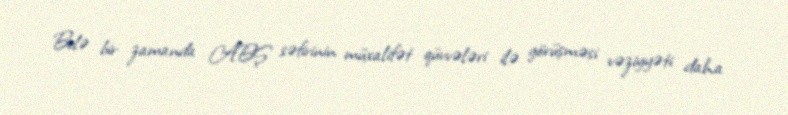
Belə bir zamanda ABŞ səfirinin müxalifət qüvvələri ilə görüşməsi vəziyyəti daha